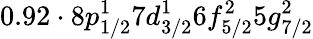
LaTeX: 0.92\cdot 8p_{1/2}^{1}7d_{3/2}^{1}6f_{5/2}^{2}5g_{7/2}^{2}